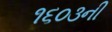
૧૬૦૩ની